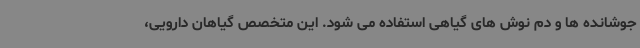
جوشانده ها و دم نوش های گیاهی استفاده می شود. این متخصص گیاهان دارویی،